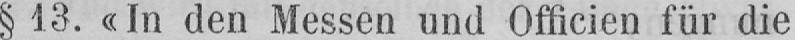
§ 13. «In den Messen und Officien für die